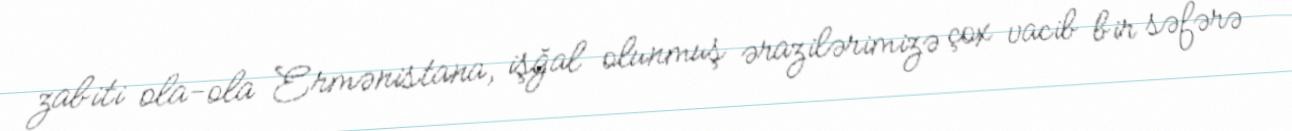
zabiti ola-ola Ermənistana, işğal olunmuş ərazilərimizə çox vacib bir səfərə